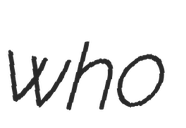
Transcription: who